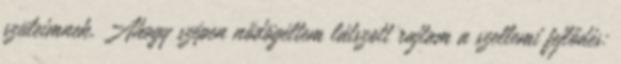
szüleimnek. Ahogy szépen nődögéltem látszott rajtam a szellemi fejlődés: